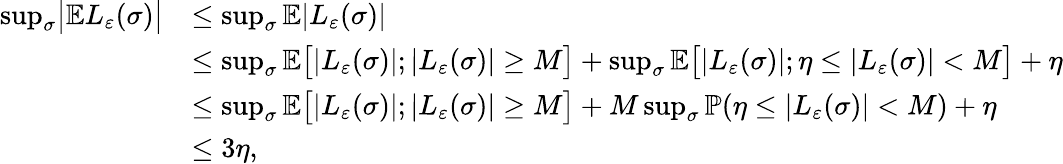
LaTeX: \begin{array}{rl}{\operatorname*{sup}_{\sigma}\bigl|\mathbb E{L}_{\varepsilon}(\sigma)\bigr|}&{\leq\operatorname*{sup}_{\sigma}\mathbb E|{L}_{\varepsilon}(\sigma)|}\\ &{\leq\operatorname*{sup}_{\sigma}\mathbb E\bigl[|{L}_{\varepsilon}(\sigma)|;|{L}_{\varepsilon}(\sigma)|\geq M\bigr]+\operatorname*{sup}_{\sigma}\mathbb E\bigl[|{L}_{\varepsilon}(\sigma)|;\eta\leq|{L}_{\varepsilon}(\sigma)|<M\bigr]+\eta}\\ &{\leq\operatorname*{sup}_{\sigma}\mathbb E\bigl[|{L}_{\varepsilon}(\sigma)|;|{L}_{\varepsilon}(\sigma)|\geq M\bigr]+M\operatorname*{sup}_{\sigma}\mathbb{P}(\eta\leq|{L}_{\varepsilon}(\sigma)|<M)+\eta}\\ &{\leq 3\eta,}\end{array}